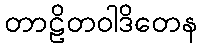
တာဠိတဝါဒိတေန